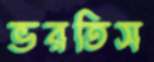
ভরতিস